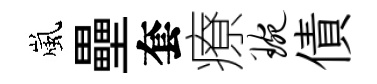
嵐壘套療琬債